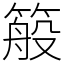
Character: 䈲